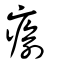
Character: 癒